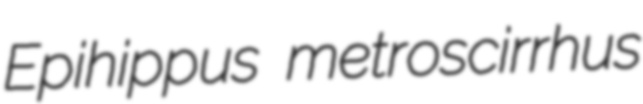
Epihippus metroscirrhus